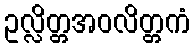
ဥလ္လိတ္တအဝလိတ္တကံ